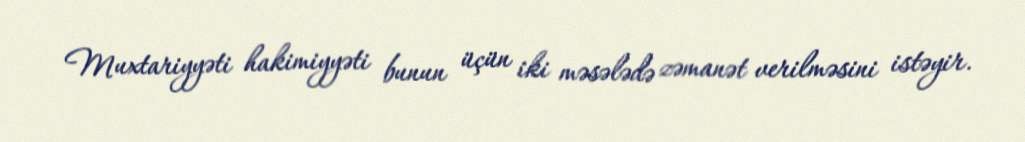
Muxtariyyəti hakimiyyəti bunun üçün iki məsələdə zəmanət verilməsini istəyir.